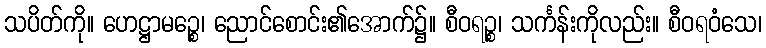
သပိတ်ကို။ ဟေဋ္ဌာမဉ္စေ၊ ညောင်စောင်း၏အောက်၌။ စီဝရဉ္စ၊ သင်္ကန်းကိုလည်း။ စီဝရဝံသေ၊